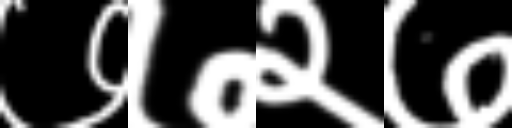
Text: ७७२७